system: You are a helpful assistant.
user:
Analyze the provided spectrum to determine if it is a **White Dwarf (WD)**.

A White Dwarf spectrum is defined by its **extreme purity** (due to gravitational settling) and/or **extreme pressure broadening** (due to high surface gravity). You must check for one of the following mutually exclusive signatures:

- **Key Visual Indicators (Check for ONE of these types):**

    - **1. DA-Type Signature (Most Common):**
        - **(Primary Feature):** Extreme pressure broadening (Stark broadening) of the **Hydrogen (H) Balmer lines**.
        - **(Key Lines):** $H\beta$ (approx. $4861$ Å) and $H\gamma$ (approx. $4340$ Å). $H\alpha$ (approx. $6563$ Å) will also be present if the wavelength range covers it.
        - **(Line Profile):** This is the **defining feature**. The lines are **NOT** sharp. They appear as massive, **extremely broad and deep "troughs" or "dips"** in the spectrum, often hundreds of Ångströms wide. The continuum will appear to "scoop" down at these wavelengths.
        - **(Distinction):** Normal A-type or B-type stars have *narrow* and *sharp* Hydrogen lines. A DA White Dwarf's lines are unmistakably "smeared" or "blurry" from pressure.

    - **2. DB-Type Signature:**
        - **(Primary Feature):** Broad absorption lines from **Neutral Helium (He I)**. The spectrum must lack any visible Hydrogen lines.
        - **(Key Lines):** Look for broad absorption near $4471$ Å, $4921$ Å, and $5876$ Å.
        - **(Line Profile):** These lines are also significantly pressure-broadened, appearing much wider than they would in a normal B-type main-sequence star.

    - **3. DC-Type Signature:**
        - **(Primary Feature):** A **featureless continuous spectrum**.
        - **(Line Profile):** The spectrum is a smooth curve with **no significant absorption or emission lines**.
        - **(Key Confirmation):** The continuum is almost always **blue or white**, indicating a hot object. This signature implies the atmosphere is so pure (or so cool) that no spectral lines are visible in the optical range. Its WD identity is confirmed by its extremely low intrinsic brightness (high absolute magnitude).

    - **4. DZ-Type Signature (Metal-Polluted):**
        - **(Primary Feature):** **Isolated, narrow metal absorption lines** on an otherwise featureless (DC-like) continuum.
        - **(Key Lines):** The **Calcium (Ca II) H & K doublet** (approx. **$3934$ Å** and **$3968$ Å**) is the most common and defining feature.
        - **(Line Profile):** These lines are "out of place." They are *not* part of a "forest" of thousands of lines. This signature is evidence of recent *accretion* (pollution) from rocky debris.
        - **(Distinction):** Normal G/K/M stars have a *dense forest* of thousands of metal lines. A DZ has a *clean* continuum with *only a few* strong metal lines.

    - **5. DQ-Type Signature (Carbon-Polluted):**
        - **(Primary Feature):** Absorption bands from **Carbon (C₂ "Swan Bands" or atomic C I)**.
        - **(Key Lines - C₂):** Look for bandheads with a "saw-tooth" shape near $5635$ Å, **$5165$ Å** (strongest), and $4737$ Å.
        - **(Key Confirmation):** The underlying **continuum must be blue or white** (hot).
        - **(Distinction):** This is the critical difference from a **Carbon Star**, which has the *exact same* C₂ bands but on an extremely **red, cool** continuum.

- **(Overall Spectrum):**
    - The continuum (overall shape) is typically **blue-sloping** (brighter in the blue than the red), as most white dwarfs are very hot.
    - The spectrum will look "pure" or "simple," dominated by only *one* of the five signatures listed above.

Think first, call **spectral_visualization_tool** if needed to examine features in detail, then provide your final answer. Your response must adhere to the following strict rules:
1.  **Overall Structure:** Your response must follow the format `<think>...</think> <tool_call>...</tool_call> (if a tool is used) <answer>...</answer>`.
2.  **Tool Usage Constraint:** You may only make **one** tool call per turn.
3.  **Final Answer Format:** In the `<answer>` tag, your conclusion must be inside a `\boxed{}` command (e.g., `\boxed{YES}` or `\boxed{NO}`), followed by your justification.

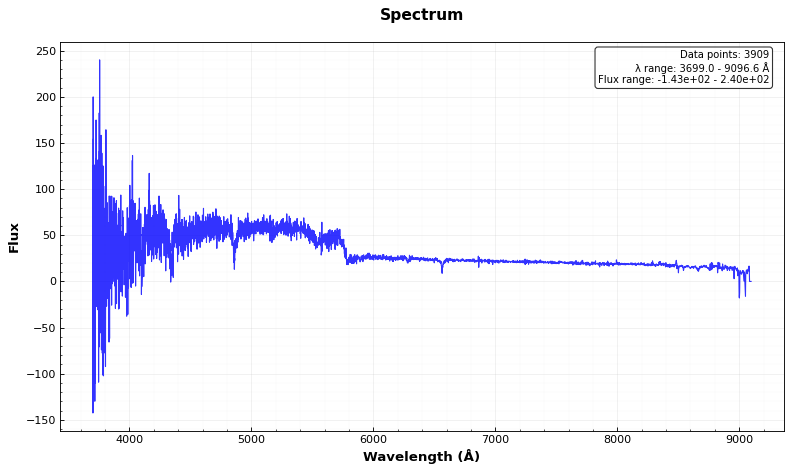
Answer: NO